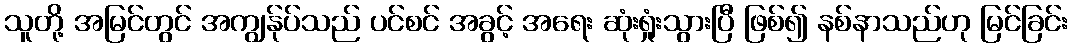
သူတို့ အမြင်တွင် အကျွန်ုပ်သည် ပင်စင် အခွင့် အရေး ဆုံးရှုံးသွားပြီ ဖြစ်၍ နစ်နာသည်ဟု မြင်ခြင်း